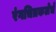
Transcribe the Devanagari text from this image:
रंगचित्रकलेचे